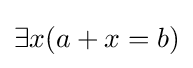
\exists x(a+x=b)